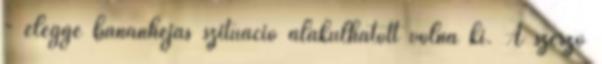
- eléggé banánhéjas szituáció alakulhatott volna ki. A szerző